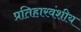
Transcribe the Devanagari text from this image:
प्रतिहारवंशीय